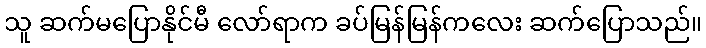
သူ ဆက်မပြောနိုင်မီ လော်ရာက ခပ်မြန်မြန်ကလေး ဆက်ပြောသည်။